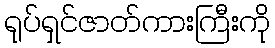
ရုပ်ရှင်ဇာတ်ကားကြီးကို